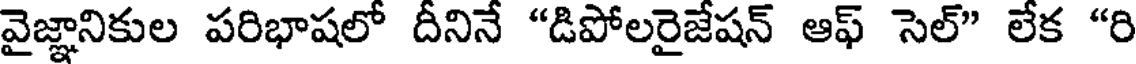
వైజ్ఞానికుల పరిభాషలో దీనినే "డిపోలరైజేషన్ ఆఫ్ సెల్" లేక "రి